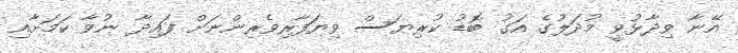
އޭނާ ވިދާޅުވީ މުދަލުގެ އަގު ބޮޑު ކުރިޔަސް ވިޔަފާރިވެރިންނަށް ފައިދާ ނުވާ ކަމަށާއި